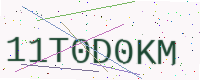
Text: 11T0D0KM